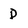
Character: D